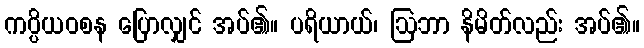
ကပ္ပိယဝစန ပြောလျှင် အပ်၏။ ပရိယာယ်၊ ဩဘာ နိမိတ်လည်း အပ်၏။